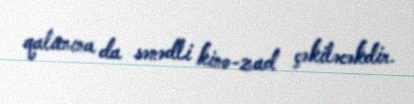
qalanına da sənədli kino-zad çəkiləcəkdir.